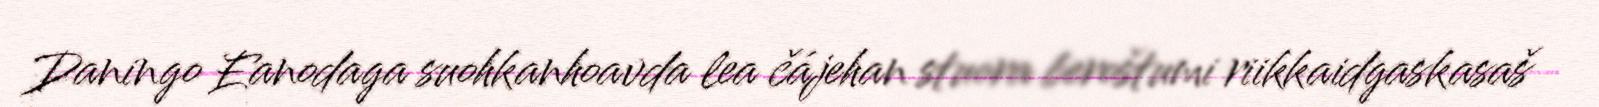
Daningo Eanodaga suohkanhoavda lea čájehan stuora beroštumi riikkaidgaskasaš